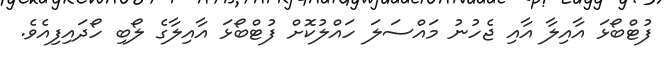
ފުޓްބޯޅަ އާއިލާ އާއި ޖެހުނު މައްސަލަ ހައްލުކޮށް ފުޓްބޯޅަ އާއިލާގެ ލޯބި ހޯދައިފިއެވެ.